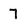
Character: 7